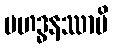
မဟဒ္ဓနဿာပိ